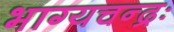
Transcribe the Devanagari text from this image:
भाग्यचन्द्रः